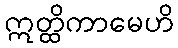
ဣတ္ထိကာမေဟိ